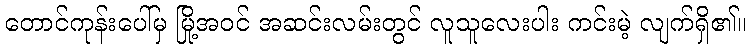
တောင်ကုန်းပေါ်မှ မြို့အဝင် အဆင်းလမ်းတွင် လူသူလေးပါး ကင်းမဲ့ လျက်ရှိ၏။